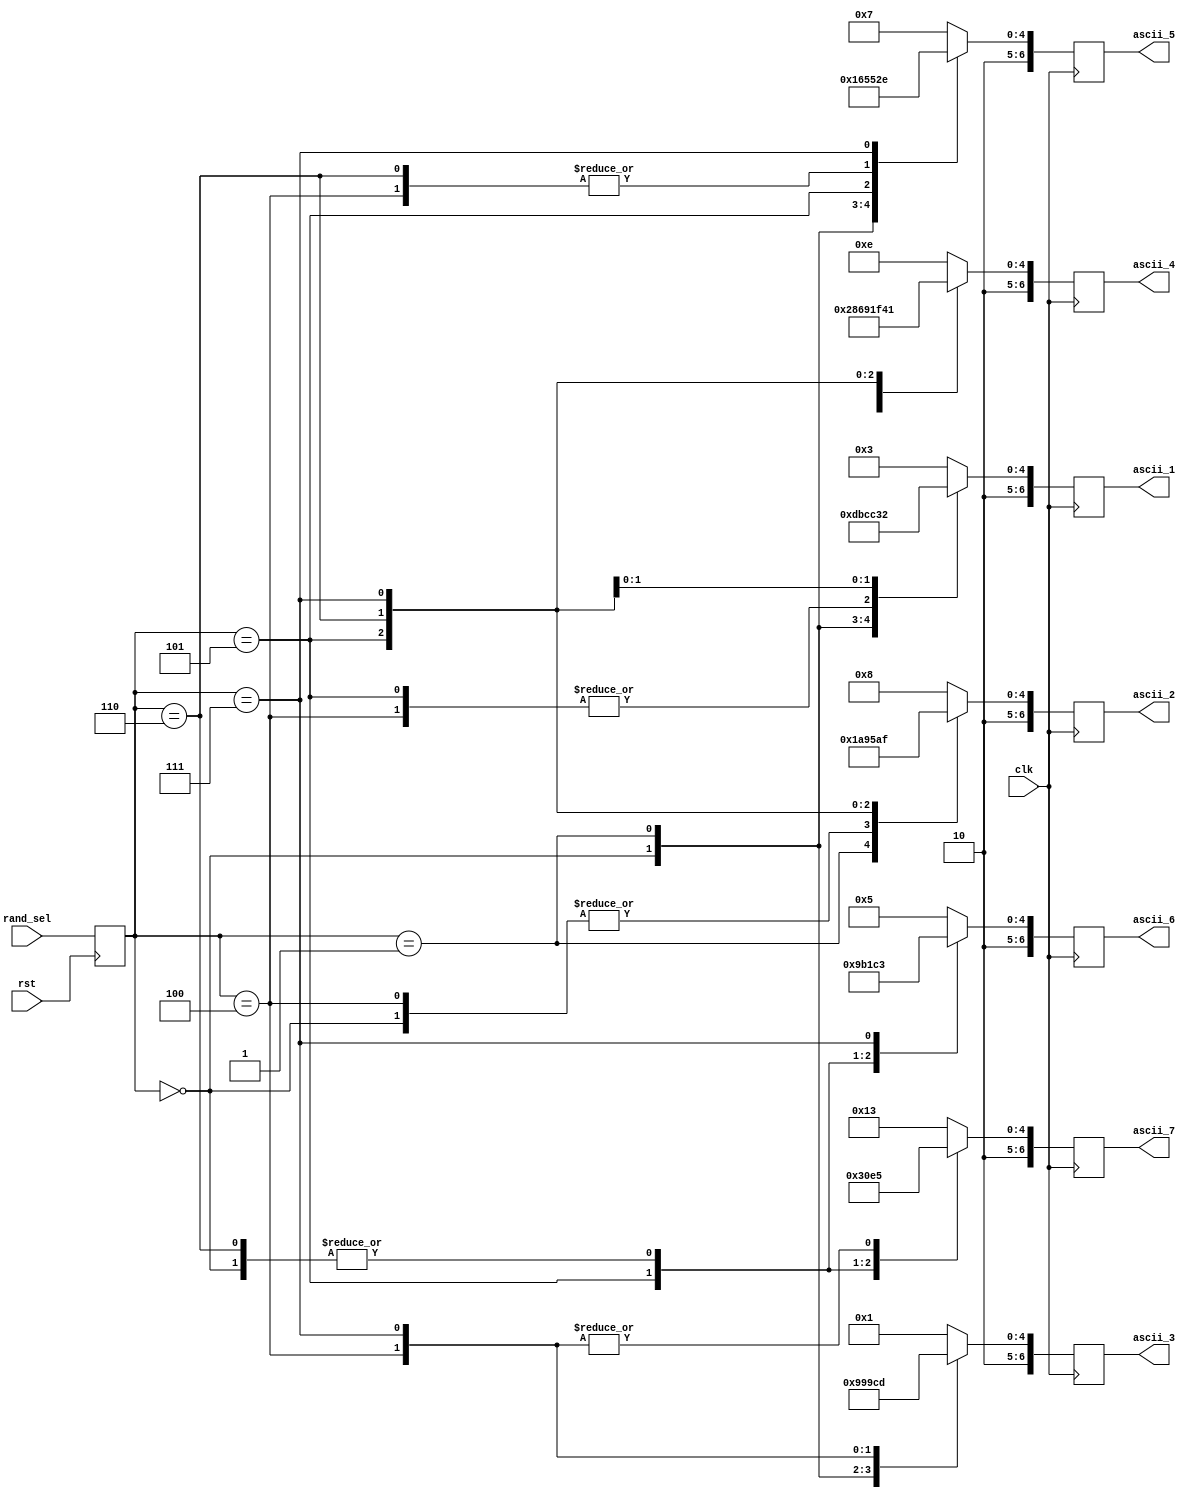
`timescale 1ns / 1ps
//////////////////////////////////////////////////////////////////////////////////
// Company: 
// Engineer: 
// 
// Design Name: 
// Module Name:    word_gen 
// Project Name: 
// Target Devices: 
// Tool versions: 
// Description: 
//
// Dependencies: 
//
// Revision: 
// Revision 0.01 - File Created
// Additional Comments: 
//
//////////////////////////////////////////////////////////////////////////////////
module word_gen(input clk,
					input rst,
					input[2:0] rand_sel,
					output reg[6:0] ascii_1,
					output reg[6:0] ascii_2,
					 output reg[6:0] ascii_3,
					 output reg[6:0] ascii_4,   
					 output reg[6:0] ascii_5,
					 output reg[6:0] ascii_6,
					 output reg[6:0] ascii_7
    );
	 
	reg[2:0] word; //word select
	always@(posedge rst) begin
		word <= rand_sel;
	end

 always @(posedge (clk)) begin
	case(word)
		3'b000: begin
			ascii_1 <= 7'b1001101; // M
			ascii_2 <= 7'b1010101; // U
			ascii_3 <= 7'b1010011; // S
			ascii_4 <= 7'b1010100; // T
			ascii_5 <= 7'b1000001; // A
			ascii_6 <= 7'b1001110; // N
			ascii_7 <= 7'b1000111; // G
		end
	  3'b001: begin
      ascii_1 <= 7'b1010111; // W
      ascii_2 <= 7'b1000001; // A
      ascii_3 <= 7'b1000110; // F
      ascii_4 <= 7'b1000110; // F
      ascii_5 <= 7'b1001100; // L
      ascii_6 <= 7'b1000101; // E
      ascii_7 <= 7'b1010011; // S
    end
	  3'b011: begin
      ascii_1 <= 7'b1000011; // C
      ascii_2 <= 7'b1001000; // H
      ascii_3 <= 7'b1000001; // A
      ascii_4 <= 7'b1001110; // N
      ascii_5 <= 7'b1000111; // G
      ascii_6 <= 7'b1000101; // E
      ascii_7 <= 7'b1010011; // S
    end
	 3'b100: begin
      ascii_1 <= 7'b1010011; // S
      ascii_2 <= 7'b1010101; // U
      ascii_3 <= 7'b1001110; // N
      ascii_4 <= 7'b1010010; // R
      ascii_5 <= 7'b1001001; // I
      ascii_6 <= 7'b1010011; // S
      ascii_7 <= 7'b1000101; // E
    end
	 3'b101: begin
      ascii_1 <= 7'b1010011; // S
      ascii_2 <= 7'b1000101; // E
      ascii_3 <= 7'b1000001; // A
      ascii_4 <= 7'b1000111; // G
      ascii_5 <= 7'b1010101; // U
      ascii_6 <= 7'b1001100; // L
      ascii_7 <= 7'b1001100; // L
    end
	 3'b110: begin
      ascii_1 <= 7'b1000001; // A
      ascii_2 <= 7'b1001101; // M
      ascii_3 <= 7'b1000001; // A
      ascii_4 <= 7'b1011010; // Z
      ascii_5 <= 7'b1001001; // I
      ascii_6 <= 7'b1001110; // N
      ascii_7 <= 7'b1000111; // G
    end
	 3'b111: begin
      ascii_1 <= 7'b1010010; // R
      ascii_2 <= 7'b1001111; // O
      ascii_3 <= 7'b1001101; // M
      ascii_4 <= 7'b1000001; // A
      ascii_5 <= 7'b1001110; // N
      ascii_6 <= 7'b1000011; // C
      ascii_7 <= 7'b1000101; // E
    end
	 default: begin
	  ascii_1 <= 7'b1000011; // C
      ascii_2 <= 7'b1001000; // H
      ascii_3 <= 7'b1000001; // A
      ascii_4 <= 7'b1001110; // N
      ascii_5 <= 7'b1000111; // G
      ascii_6 <= 7'b1000101; // E
      ascii_7 <= 7'b1010011; // S
	 end
	endcase
	end
 

endmodule